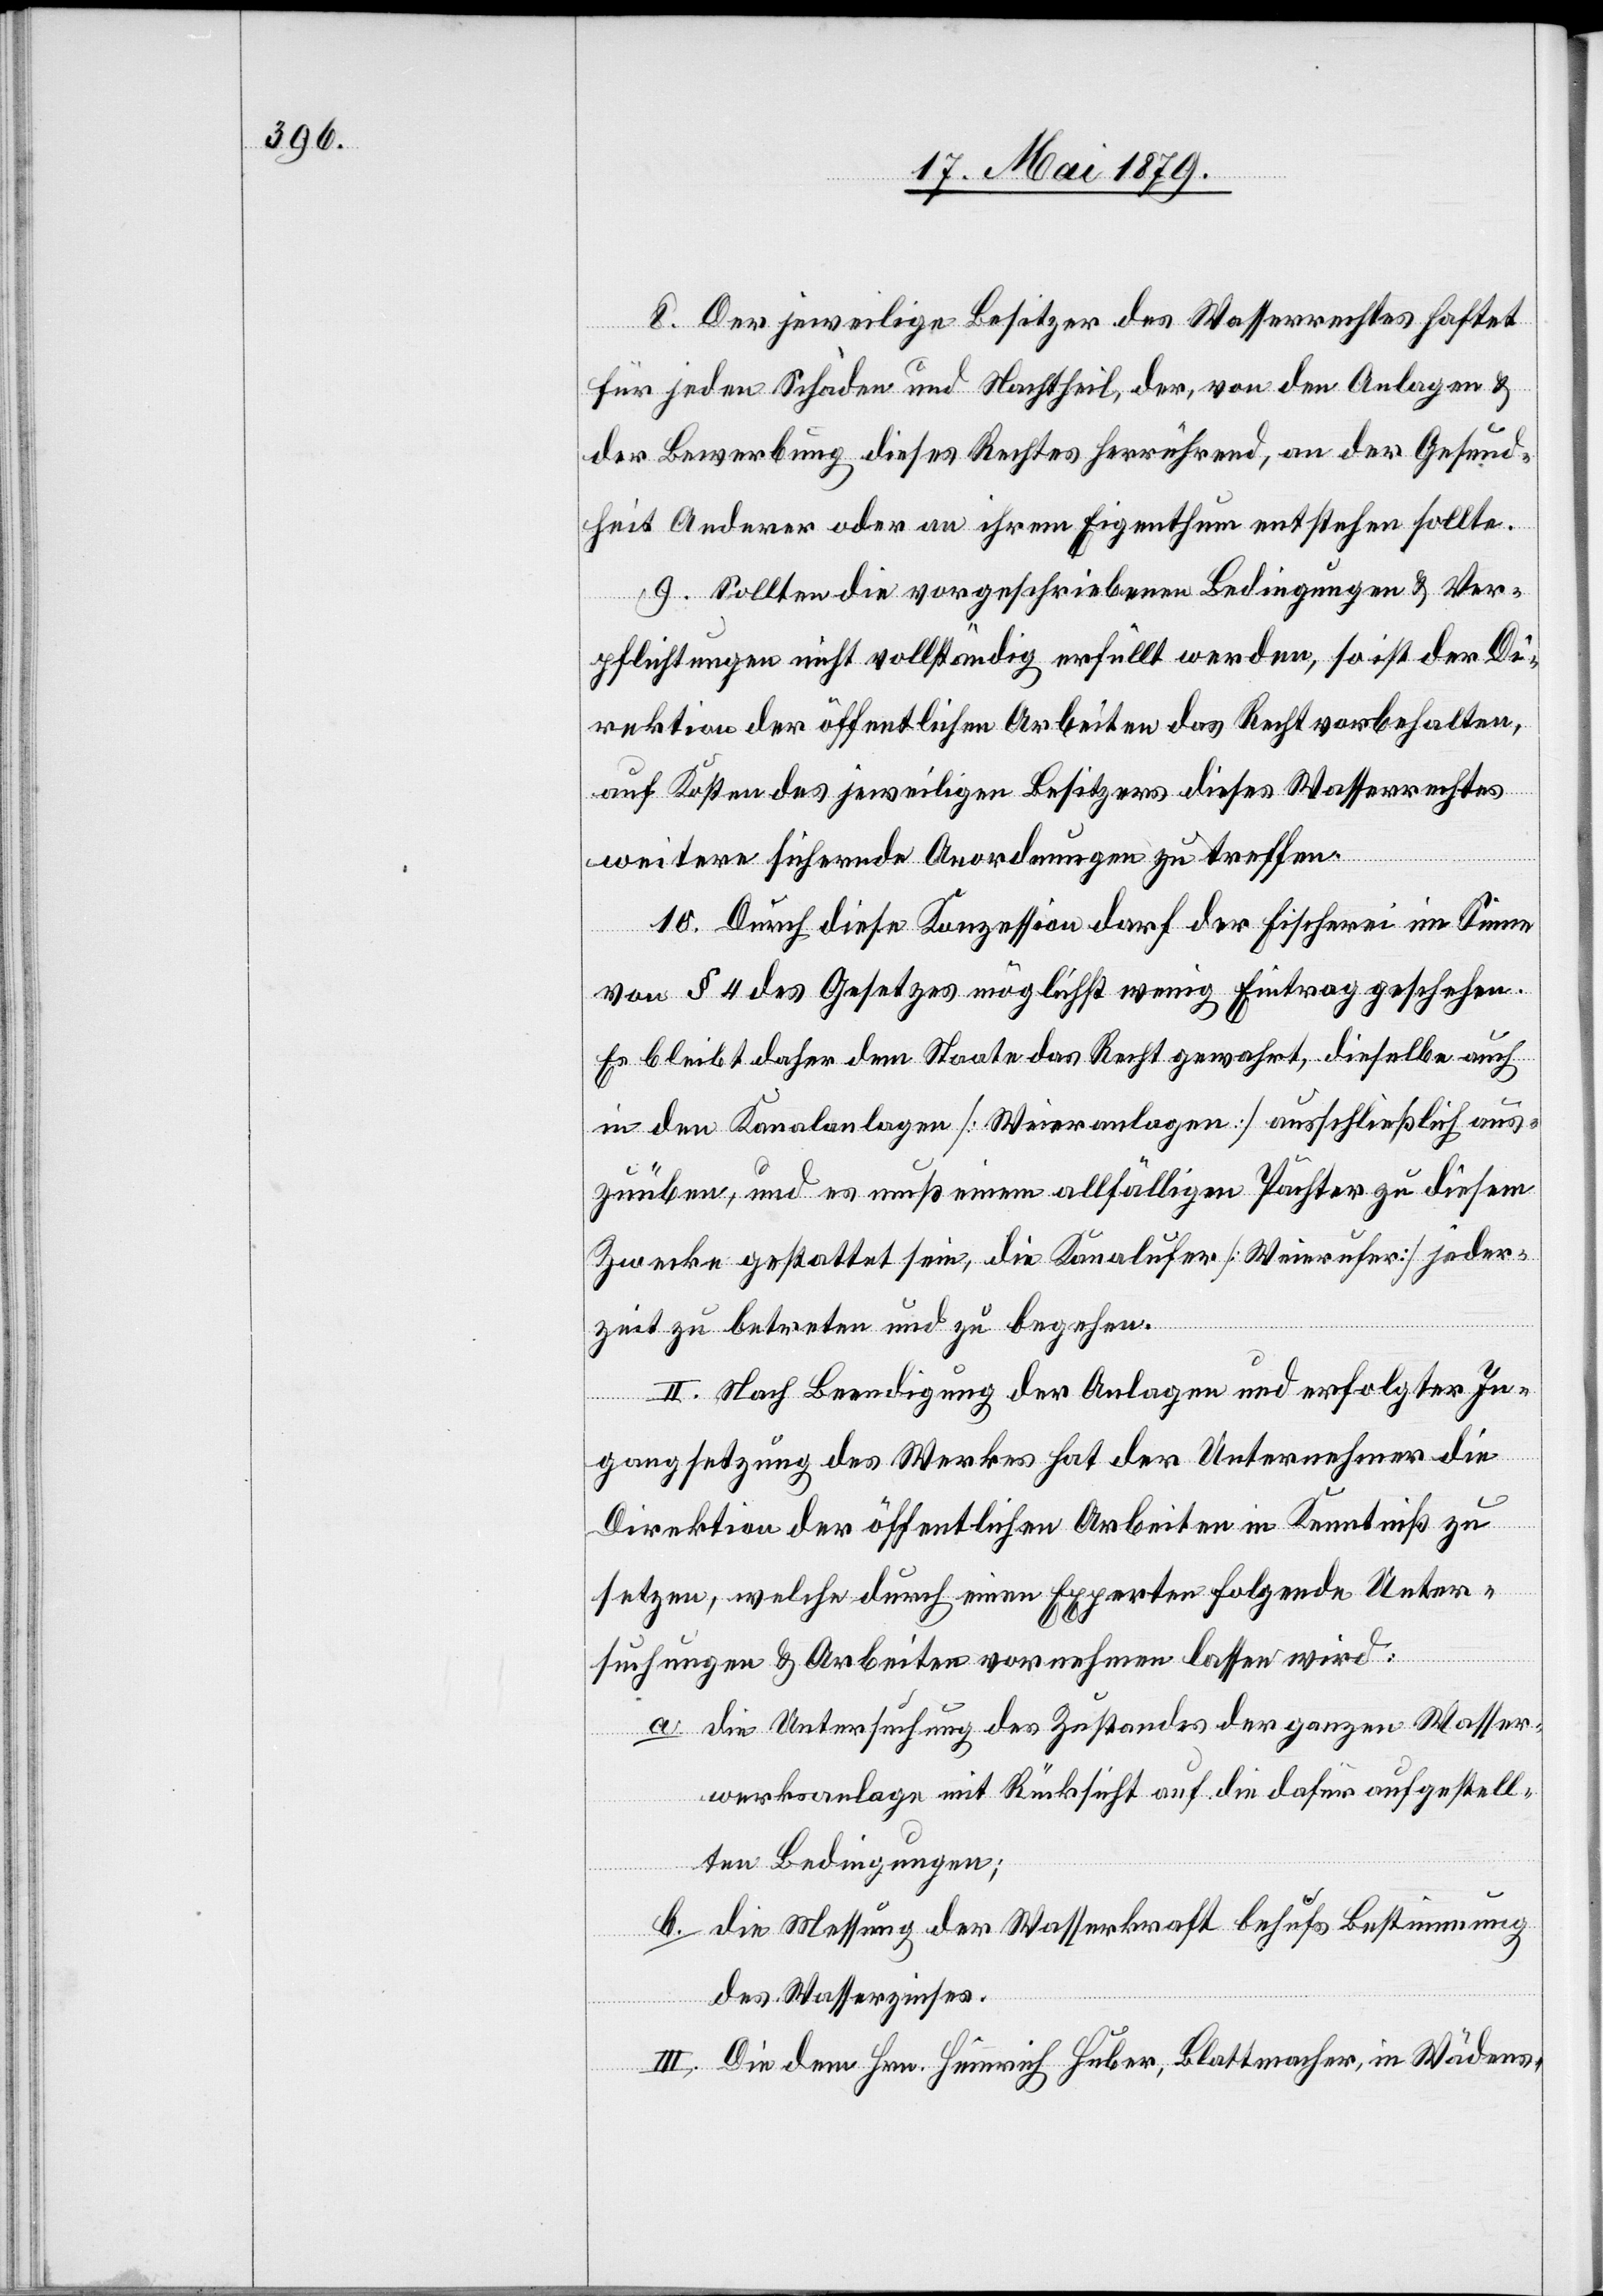
8. Der jeweilige Besitzer des Wasserrechtes haftet
für jeden Schaden und Nachtheil, der, von den Anlagen &
der Bewerbung dieses Rechtes herrührend, an der Gesund¬
heit Anderer oder an ihrem Eigenthum entstehen sollte.
9. Sollten die vorgeschriebenen Bedingungen & Ver¬
pflichtungen nicht vollständig erfüllt werden, so ist der Di¬
rektion der öffentlichen Arbeiten das Recht vorbehalten,
auf Kosten des jeweiligen Besitzers dieses Wasserrechtes
weitere sichernde Anordnungen zu treffen.
10. Durch diese Konzession darf der Fischerei im Sinne
von § 4 des Gesetzes möglichst wenig Eintrag geschehen.
Es bleibt daher dem Staate das Recht gewahrt, dieselbe auch
in den Kanalanlagen [Weieranlagen] ausschließlich aus¬
zuüben, und es muß einem allfälligen Pächter zu diesem
Zwecke gestattet sein, die Kanalufer [Weierufer] jeder¬
zeit zu betreten und zu begehen.
II. Nach Beendigung der Anlagen und erfolgter In¬
gangsetzung des Werkes hat der Unternehmer die
Direktion der öffentlichen Arbeiten in Kenntniß zu
setzen, welche durch einen Experten folgende Unter¬
suchungen & Arbeiten vornehmen lassen wird:
a. die Untersuchung des Zustandes der ganzen Wasser¬
werksanlage mit Rücksicht auf die dafür aufgestell¬
ten Bedingungen;
b. die Messung der Wasserkraft behufs Bestimmung
des Wasserzinses.
III. Die dem Hrn. Heinrich Huber, Blattmacher, in Wädens-